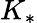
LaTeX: K_{*}